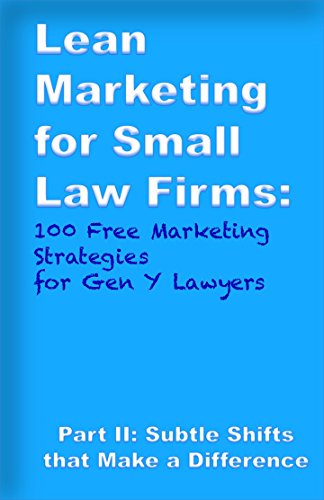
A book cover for Lean Marketing for Small Law Firms: 100 Free Marketing Strategies for Gen Y Lawyers: Part II: Subtle Shifts that Make a Difference; Bill C.H. Bentley Jr.; Law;